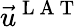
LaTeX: \vec{u}^{\mathrm{~L~A~T~}}